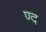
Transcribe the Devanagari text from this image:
ण्द